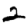
Digit: 2